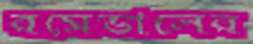
রমেডালের